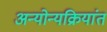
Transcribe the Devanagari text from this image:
अन्योन्यक्रियांत